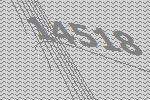
14518